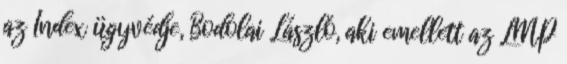
az Index ügyvédje, Bodolai László, aki emellett az LMP